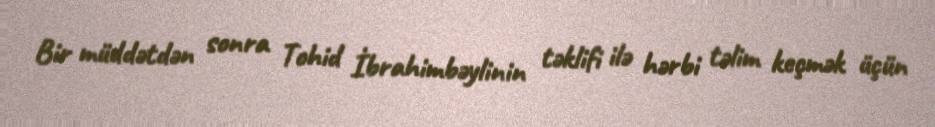
Bir müddətdən sonra Tohid İbrahimbəylinin təklifi ilə hərbi təlim keçmək üçün